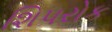
શિપરોક